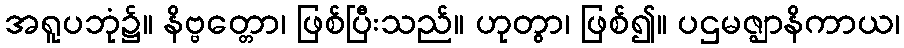
အရူပဘုံ၌။ နိဗ္ဗတ္တော၊ ဖြစ်ပြီးသည်။ ဟုတွာ၊ ဖြစ်၍။ ပဌမဇ္ဈာနိကာယ၊